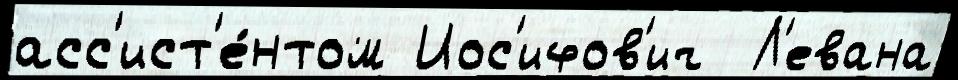
асс'ист'е́нтом Иос'ифов'ич  Л'евана